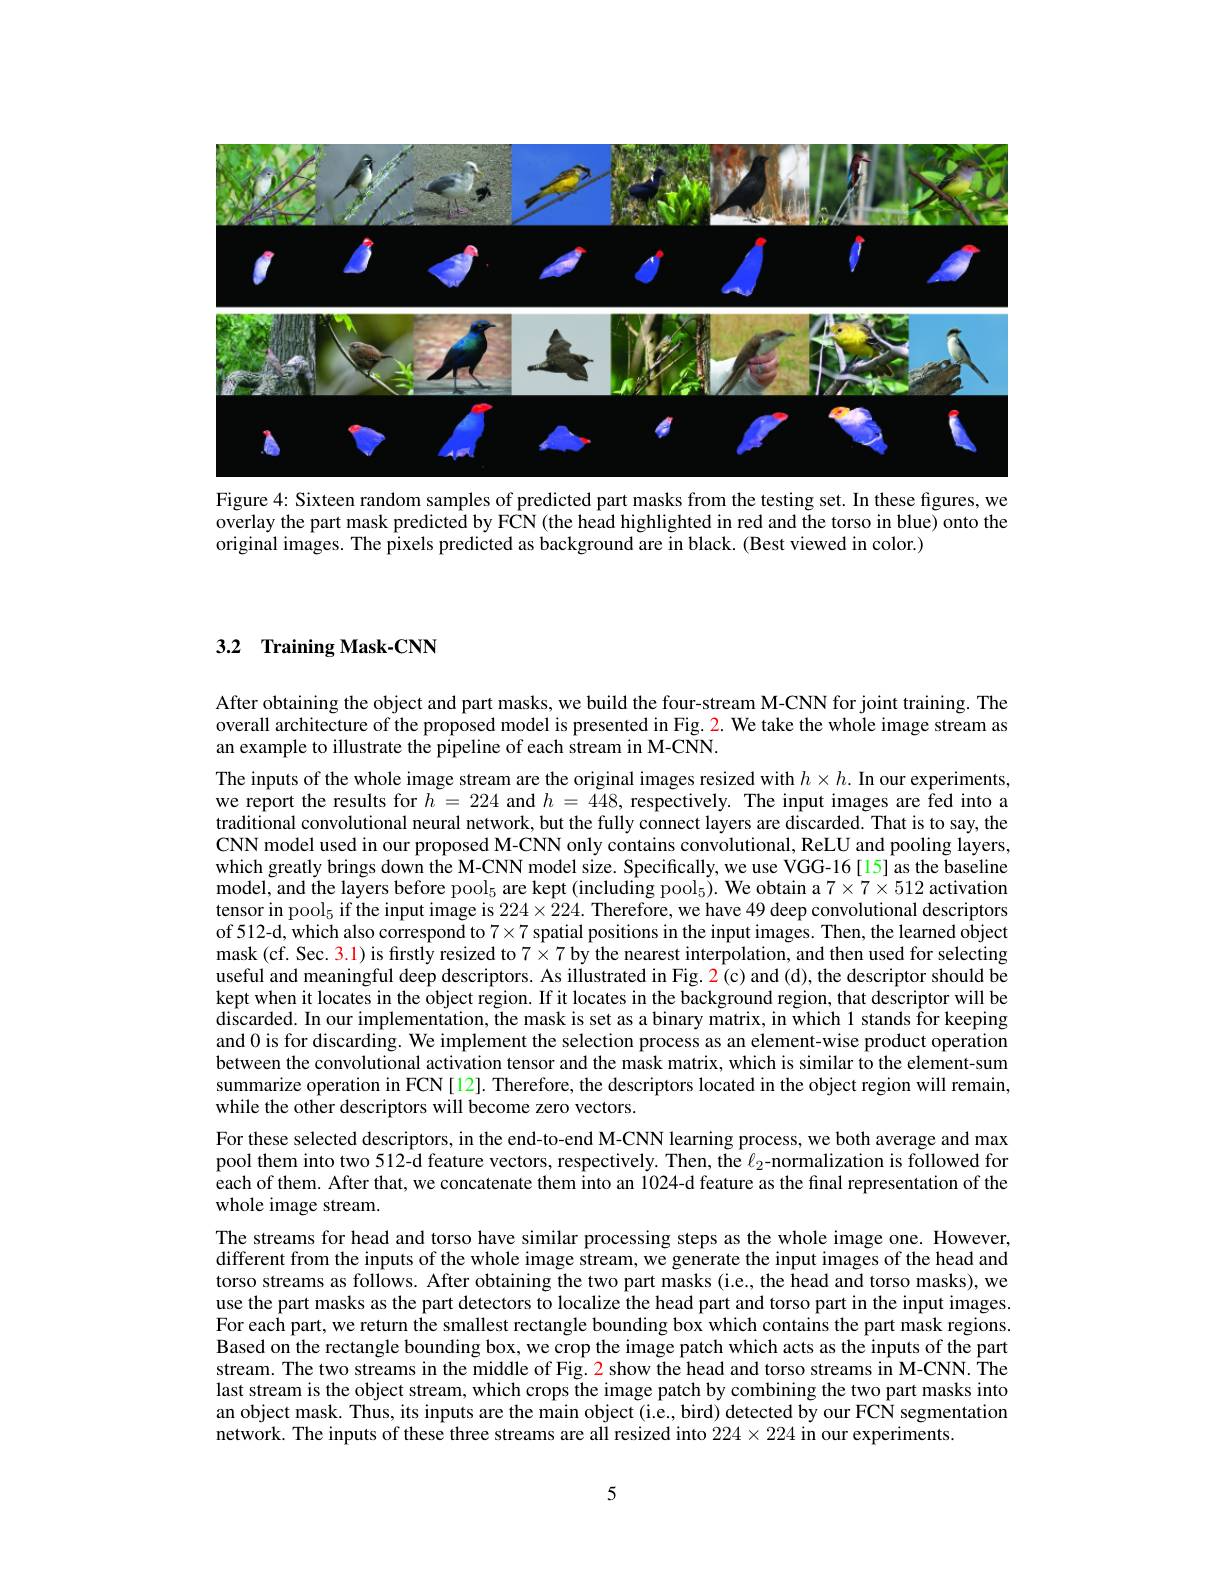
<FigureHere>

Figure 4: Sixteen random samples of predicted part masks from the testing set. In these figures, we overlay the part mask predicted by FCN (the head highlighted in red and the torso in blue) onto the original images. The pixels predicted as background are in black. (Best viewed in color.)

## 3.2 Training Mask-CNN

After obtaining the object and part masks, we build the four-stream M-CNN for joint training. The overall architecture of the proposed model is presented in Fig. 2. We take the whole image stream as an example to illustrate the pipeline of each stream in M-CNN.

The inputs of the whole image stream are the original images resized with $h\times h.$ In our experiments, we report the results for $h=224$ and $h=448$, respectively. The input images are fed into a traditional convolutional neural network, but the fully connect layers are discarded. That is to say, the CNN model used in our proposed M-CNN only contains convolutional, ReLU and pooling layers, which greatly brings down the M-CNN model size. Specifically, we use VGG-16[15] as the baseline model, and the layers before pool$_5$ are kept (including pool$_5).$ We obtain a $7\times7\times512$ activation tensor in pool$_5$ if the input image is $224\times224.$ Therefore, we have 49 deep convolutional descriptors of 512-d, which also correspond to $7\times7$ spatial positions in the input images. Then, the learned object mask (cf. Sec. 3.1) is fırstly resized to $7\times7$ by the nearest interpolation, and then used for selecting useful and meaningful deep descriptors. As illustrated in Fig. 2(c) and (d), the descriptor should be kept when it locates in the object region. If it locates in the background region, that descriptor will be discarded. In our implementation, the mask is set as a binary matrix, in which l stands for keeping and 0 is for discarding. We implement the selection process as an element-wise product operation between the convolutional activation tensor and the mask matrix, which is similar to the element-sum summarize operation in FCN [12]. Therefore, the descriptors located in the object region will remain, while the other descriptors will become zero vectors.

For these selected descriptors, in the end-to-end M-CNN learning process, we both average and max pool them into two 512-d feature vectors, respectively. Then, the $\ell_{2}$-normalization is followed for each of them. After that, we concatenate them into an 1024-d feature as the final representation of the whole image stream.

The streams for head and torso have similar processing steps as the whole image one. However, different from the inputs of the whole image stream, we generate the input images of the head and torso streams as follows. After obtaining the two part masks (i.e., the head and torso masks), we use the part masks as the part detectors to localize the head part and torso part in the input images For each part, we return the smallest rectangle bounding box which contains the part mask regions Based on the rectangle bounding box, we crop the image patch which acts as the inputs of the part stream. The two streams in the middle of Fig. 2 show the head and torso streams in M-CNN. The last stream is the object stream, which crops the image patch by combining the two part masks into an object mask. Thus, its inputs are the main object (i.e., bird) detected by our FCN segmentation network. The inputs of these three streams are all resized into $224\times224$ in our experiments

5